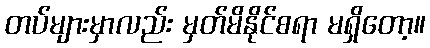
တပ်များမှာလည်း မှတ်မိနိုင်စရာ မရှိတော့။